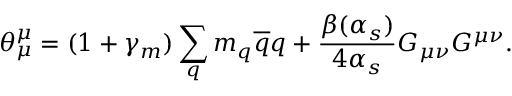
\theta _ { \mu } ^ { \mu } = ( 1 + \gamma _ { m } ) \sum _ { q } m _ { q } { \overline { { q } } } q + { \frac { \beta ( \alpha _ { s } ) } { 4 \alpha _ { s } } } G _ { \mu \nu } G ^ { \mu \nu } .